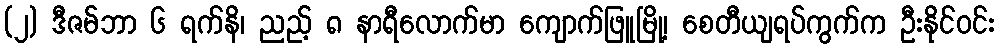
(၂) ဒီဇမ်ဘာ ၆ ရက်နိ၊ ညည့် ၈ နာရီလောက်မာ ကျောက်ဖြူမြို့၊ စေတီယျရပ်ကွက်က ဦးနိုင်ဝင်း